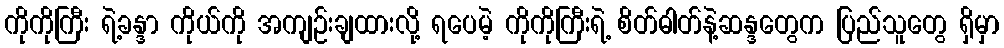
ကိုကိုကြီး ရဲ့ခန္ဒာ ကိုယ်ကို အကျဉ်းချထားလို့ ရပေမဲ့ ကိုကိုကြီးရဲ့ စိတ်ဓါတ်နဲ့ဆန္ဒတွေက ပြည်သူတွေ ရှိမှာ